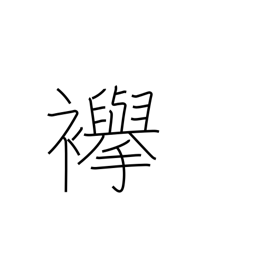
Meaning: cord to hold up sleeves